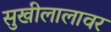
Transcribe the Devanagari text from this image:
सुखीलालावर